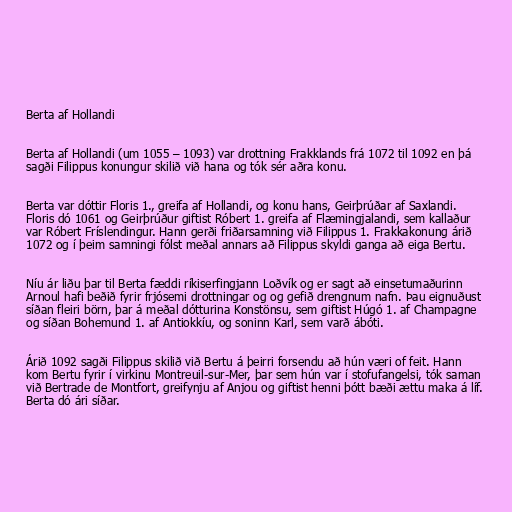
Berta af Hollandi

Berta af Hollandi (um 1055 – 1093) var drottning Frakklands frá 1072 til 1092 en þá
sagði Filippus konungur skilið við hana og tók sér aðra konu.

Berta var dóttir Floris 1., greifa af Hollandi, og konu hans, Geirþrúðar af Saxlandi.
Floris dó 1061 og Geirþrúður giftist Róbert 1. greifa af Flæmingjalandi, sem kallaður
var Róbert Fríslendingur. Hann gerði friðarsamning við Filippus 1. Frakkakonung árið
1072 og í þeim samningi fólst meðal annars að Filippus skyldi ganga að eiga Bertu.

Níu ár liðu þar til Berta fæddi ríkiserfingjann Loðvík og er sagt að einsetumaðurinn
Arnoul hafi beðið fyrir frjósemi drottningar og og gefið drengnum nafn. Þau eignuðust
síðan fleiri börn, þar á meðal dótturina Konstönsu, sem giftist Húgó 1. af Champagne
og síðan Bohemund 1. af Antiokkíu, og soninn Karl, sem varð ábóti.

Árið 1092 sagði Filippus skilið við Bertu á þeirri forsendu að hún væri of feit. Hann
kom Bertu fyrir í virkinu Montreuil-sur-Mer, þar sem hún var í stofufangelsi, tók saman
við Bertrade de Montfort, greifynju af Anjou og giftist henni þótt bæði ættu maka á líf.
Berta dó ári síðar.